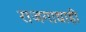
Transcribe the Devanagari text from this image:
राजगाद्याही